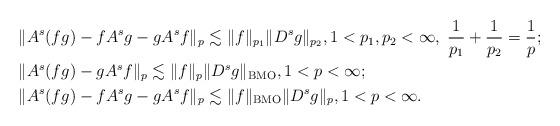
LaTeX: \begin{align*}&\| A^s (fg) - f A^s g - g A^s f \|_p \lesssim \| f \|_{p_1} \| D^s g \|_{p_2}, 1<p_1,p_2<\infty,\; \frac 1 {p_1}+\frac 1{p_2}=\frac 1p;\\&\| A^s (fg) - g A^s f \|_p \lesssim \| f \|_p \| D^s g \|_{\operatorname{BMO}}, 1<p<\infty;\\&\| A^s (fg) - fA^s g - g A^s f \|_p \lesssim \| f \|_{\operatorname{BMO}} \| D^s g \|_p, 1<p<\infty.\end{align*}